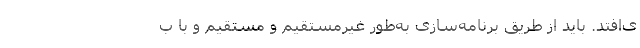
ی‌افتد. باید از طریق برنامه‌سازی به‌طور غیرمستقیم و مستقیم و با ب